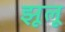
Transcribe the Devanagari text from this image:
झूलू